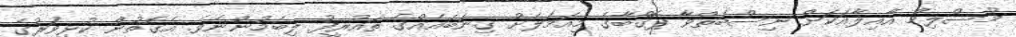
މުސްލިމް އާއިލާއަކަށް ނިސްބަތްވާ ޕޮގްބާގެ މިއަމަލަށް ގިނަބައެއްގެ ތައުރީފު ލިބެމުންނެވެ. އެގޮތުން ކުޅިވަރުގެ